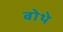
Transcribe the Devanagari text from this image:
बोथे